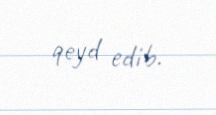
qeyd edib.